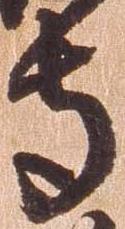
寺